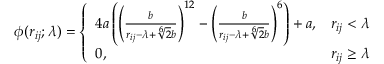
\begin{array} { r } { \phi ( r _ { i j } ; \lambda ) = \left\{ \begin{array} { l l } { 4 a \left( \left( \frac { b } { r _ { i j } - \lambda + \sqrt [ 6 ] { 2 } b } \right) ^ { 1 2 } - \left( \frac { b } { r _ { i j } - \lambda + \sqrt [ 6 ] { 2 } b } \right) ^ { 6 } \right) + a , } & { r _ { i j } < \lambda } \\ { 0 , } & { r _ { i j } \ge \lambda } \end{array} \right. } \end{array}